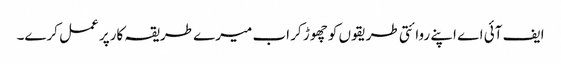
ایف آئی اے اپنے روائتی طریقوں کو چھوڑ کر اب میرے طریقہ کارپر عمل کرے۔